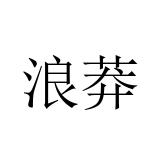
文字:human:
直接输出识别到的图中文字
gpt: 浪莽